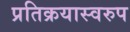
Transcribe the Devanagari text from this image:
प्रतिक्रयास्वरुप